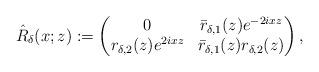
LaTeX: \begin{align*}\hat{R}_{\delta}(x;z):=\begin{pmatrix}0 & \bar{r}_{\delta,1}(z) e^{-2ixz} \\r_{\delta,2}(z) e^{2ixz} & \bar{r}_{\delta,1}(z) r_{\delta,2}(z)\end{pmatrix},\end{align*}